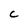
Character: C